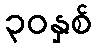
၃၀နှစ်